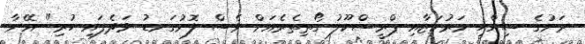
ރަށުގެ ސިއްހީ މަރުކަޒާއި ޕްރީސްކޫލު ގޯތިތެރެއަށް ވެސް ލޮނުގަނޑު ވަދެފައި ހުރި" އޭނާ